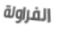
الفراولة